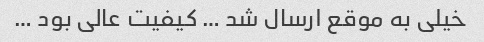
خیلی به موقع ارسال شد … کیفیت عالی بود …